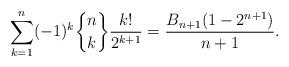
LaTeX: \begin{align*}\sum\limits_{k=1}^{n}(-1)^{k}{ n \brace k}\frac{k!}{2^{k+1}}=\frac{B_{n+1}(1-2^{n+1})}{n+1}.\end{align*}